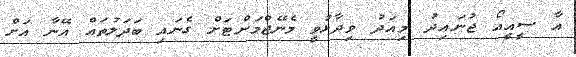
އާ ސީއީއޯ ޖުނައިދު މިއަދު ވިދާޅުވީ މެނޭޖްމަންޓަށް ގެނައި ބަދަލުތައް އޭނާ އަށް